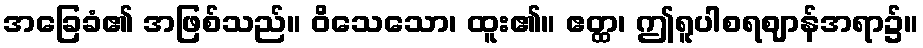
အခြေခံ၏ အဖြစ်သည်။ ဝိသေသော၊ ထူး၏။ ဧတ္ထ၊ ဤရူပါစရဈာန်အရာ၌။